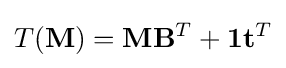
T(\mathbf {M} )=\mathbf {M} \mathbf {B} ^{T}+\mathbf {1} \mathbf {t} ^{T}